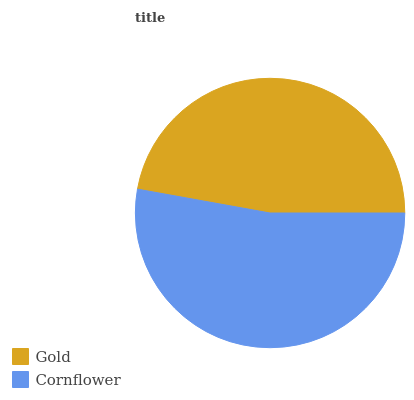
| Gold | Cornflower |
 | --- | --- |
 | 47.1% | 52.9% |